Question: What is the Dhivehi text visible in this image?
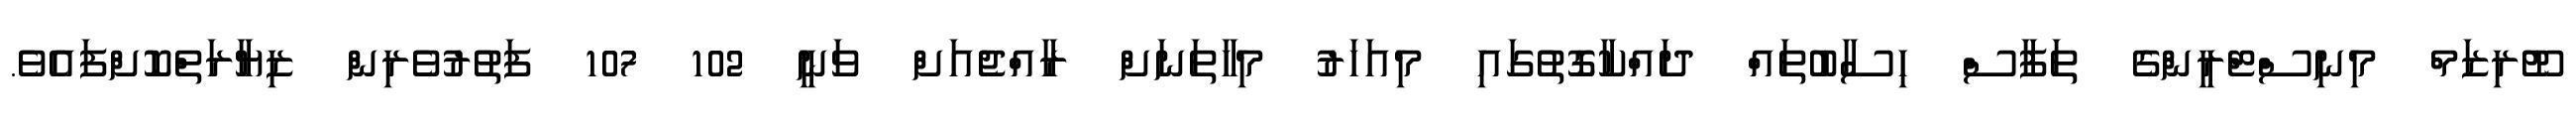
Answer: ޓޫރިޒަމް މިނިސްޓްރީންގެ ތަފާސް ހިސާބުތައް ދައްކާގޮތުގައި މިއަހަރު މިހާތަނަށް ރާއްޖެއަށް ވަނީ 102 107 ފަތުރުވެރިން ޒިޔާރަތްކޮށްފައެވެ.